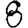
Digit: 8